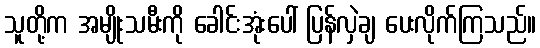
သူတို့က အမျိုးသမီးကို ခေါင်းအုံးပေါ် ပြန်လှဲချ ပေးလိုက်ကြသည်။